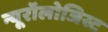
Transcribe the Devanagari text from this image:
न्यूरॉलोजिस्ट